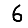
Digit: 6